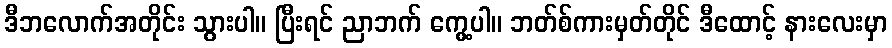
ဒီဘလောက်အတိုင်း သွားပါ။ ပြီးရင် ညာဘက် ကွေ့ပါ။ ဘတ်စ်ကားမှတ်တိုင် ဒီထောင့် နားလေးမှာ